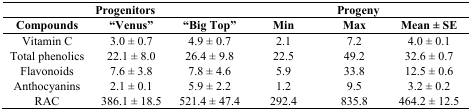
<table><thead><tr><td colspan="3"><b>Progenitors</b></td><td colspan="3"><b>Progeny</b></td></tr><tr><td><b>Compounds</b></td><td><b>“Venus”</b></td><td><b>“Big Top”</b></td><td><b>Min</b></td><td><b>Max</b></td><td><b>Mean ± SE</b></td></tr></thead><tbody><tr><td>Vitamin C</td><td>3.0 ± 0.7</td><td>4.9 ± 0.7</td><td>2.1</td><td>7.2</td><td>4.0 ± 0.1</td></tr><tr><td>Total phenolics</td><td>22.1 ± 8.0</td><td>26.4 ± 9.8</td><td>22.5</td><td>49.2</td><td>32.6 ± 0.7</td></tr><tr><td>Flavonoids</td><td>7.6 ± 3.8</td><td>7.8 ± 4.6</td><td>5.9</td><td>33.8</td><td>12.5 ± 0.6</td></tr><tr><td>Anthocyanins</td><td>2.1 ± 0.1</td><td>5.9 ± 2.2</td><td>1.2</td><td>9.5</td><td>3.2 ± 0.2</td></tr><tr><td>RAC</td><td>386.1 ± 18.5</td><td>521.4 ± 47.4</td><td>292.4</td><td>835.8</td><td>464.2 ± 12.5</td></tr></tbody></table>